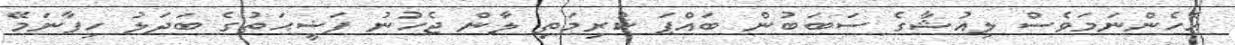
އެހެންނަމަވެސް ލިއުޝާގެ ސަބަބުން ބައްޕަ ކުރިމަތި ލާން ޖެހުނު ފަޟީޙަތުގެ ބަދަލު ހިފާނަމޭ